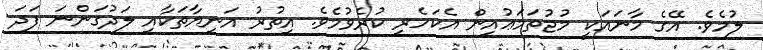
ލުމެވެ. އޭގެ މާނައަކީ މުޖުތަމަޢުއިން އެކަހެރި ކުރެވުމެވެ. އިތުރު އަނިޔާތަކާއި ލަދުގަންނަ ފަދަ